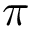
\pi